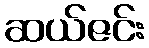
ဆယ်ဇင်း